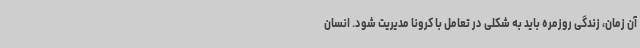
آن زمان، زندگی روزمره باید به شکلی در تعامل با کرونا مدیریت شود. انسان